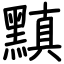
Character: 黰